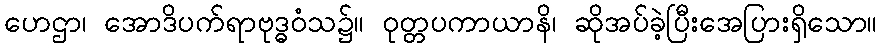
ဟေဌာ၊ အောဒိပက်ရာဗုဒ္ဓဝံသ၌။ ဝုတ္တပကာယာနိ၊ ဆိုအပ်ခဲ့ပြီးအေပြားရှိသော။